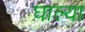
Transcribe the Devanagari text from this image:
घाल्या